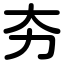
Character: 夯